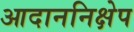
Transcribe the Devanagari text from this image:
आदाननिक्षेप